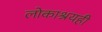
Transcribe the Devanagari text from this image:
लोकाश्रयही